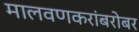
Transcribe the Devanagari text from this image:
मालवणकरांबरोबर